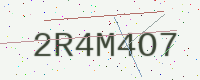
Text: 2R4M4O7